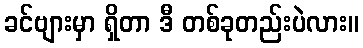
ခင်ဗျားမှာ ရှိတာ ဒီ တစ်ခုတည်းပဲလား။